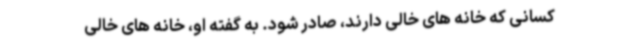
کسانی که خانه های خالی دارند، صادر شود. به گفته او، خانه های خالی